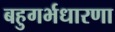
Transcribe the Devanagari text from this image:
बहुगर्भधारणा